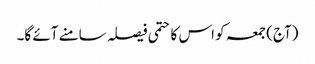
(آج) جمعہ کو اس کا حتمی فیصلہ سامنے آئے گا۔